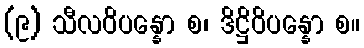
(၉) သီလဝိပန္နော စ၊ ဒိဋ္ဌိဝိပန္နော စ။